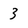
Character: 3